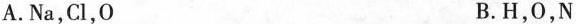
A.Na，Cl，0 B.H，0，N